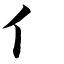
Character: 亻